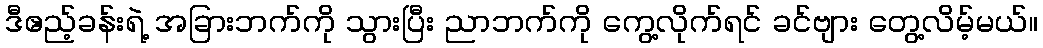
ဒီဧည့်ခန်းရဲ့ အခြားဘက်ကို သွားပြီး ညာဘက်ကို ကွေ့လိုက်ရင် ခင်ဗျား တွေ့လိမ့်မယ်။